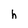
Character: h